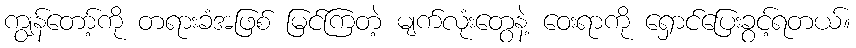
ကျွန်တော့်ကို တရားခံအဖြစ် မြင်ကြတဲ့ မျက်လုံးတွေနဲ့ ဝေးရာကို ရှောင်ပြေးခွင့်ရတယ်။